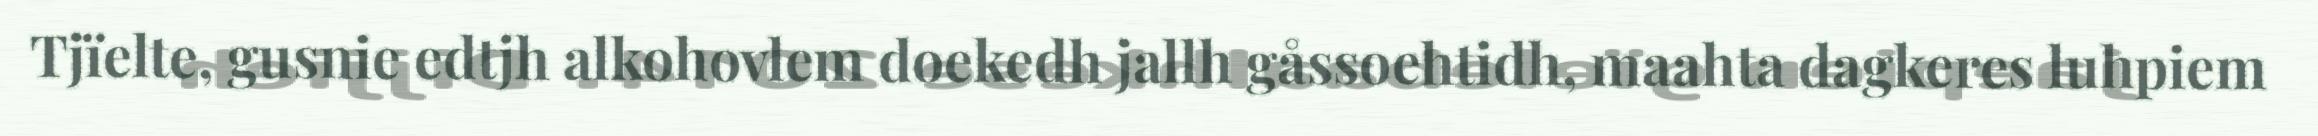
Tjïelte, gusnie edtjh alkohovlem doekedh jallh gåssoehtidh, maahta dagkeres luhpiem